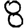
Digit: 8